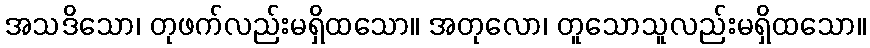
အသဒိသော၊ တုဖက်လည်းမရှိထသော။ အတုလော၊ တူသောသူလည်းမရှိထသော။